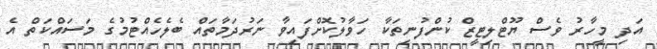
އަދި މީހާރު ވެސް ޔޫޓްލިޓީޒް ކުންފުނިތަކާ ހަވާލުކޮށްފައިވާ ނަރުދަމާތައް ބެލެހެއްޓުމުގެ މަސައްކަތް އެ